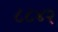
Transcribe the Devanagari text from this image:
८८४२